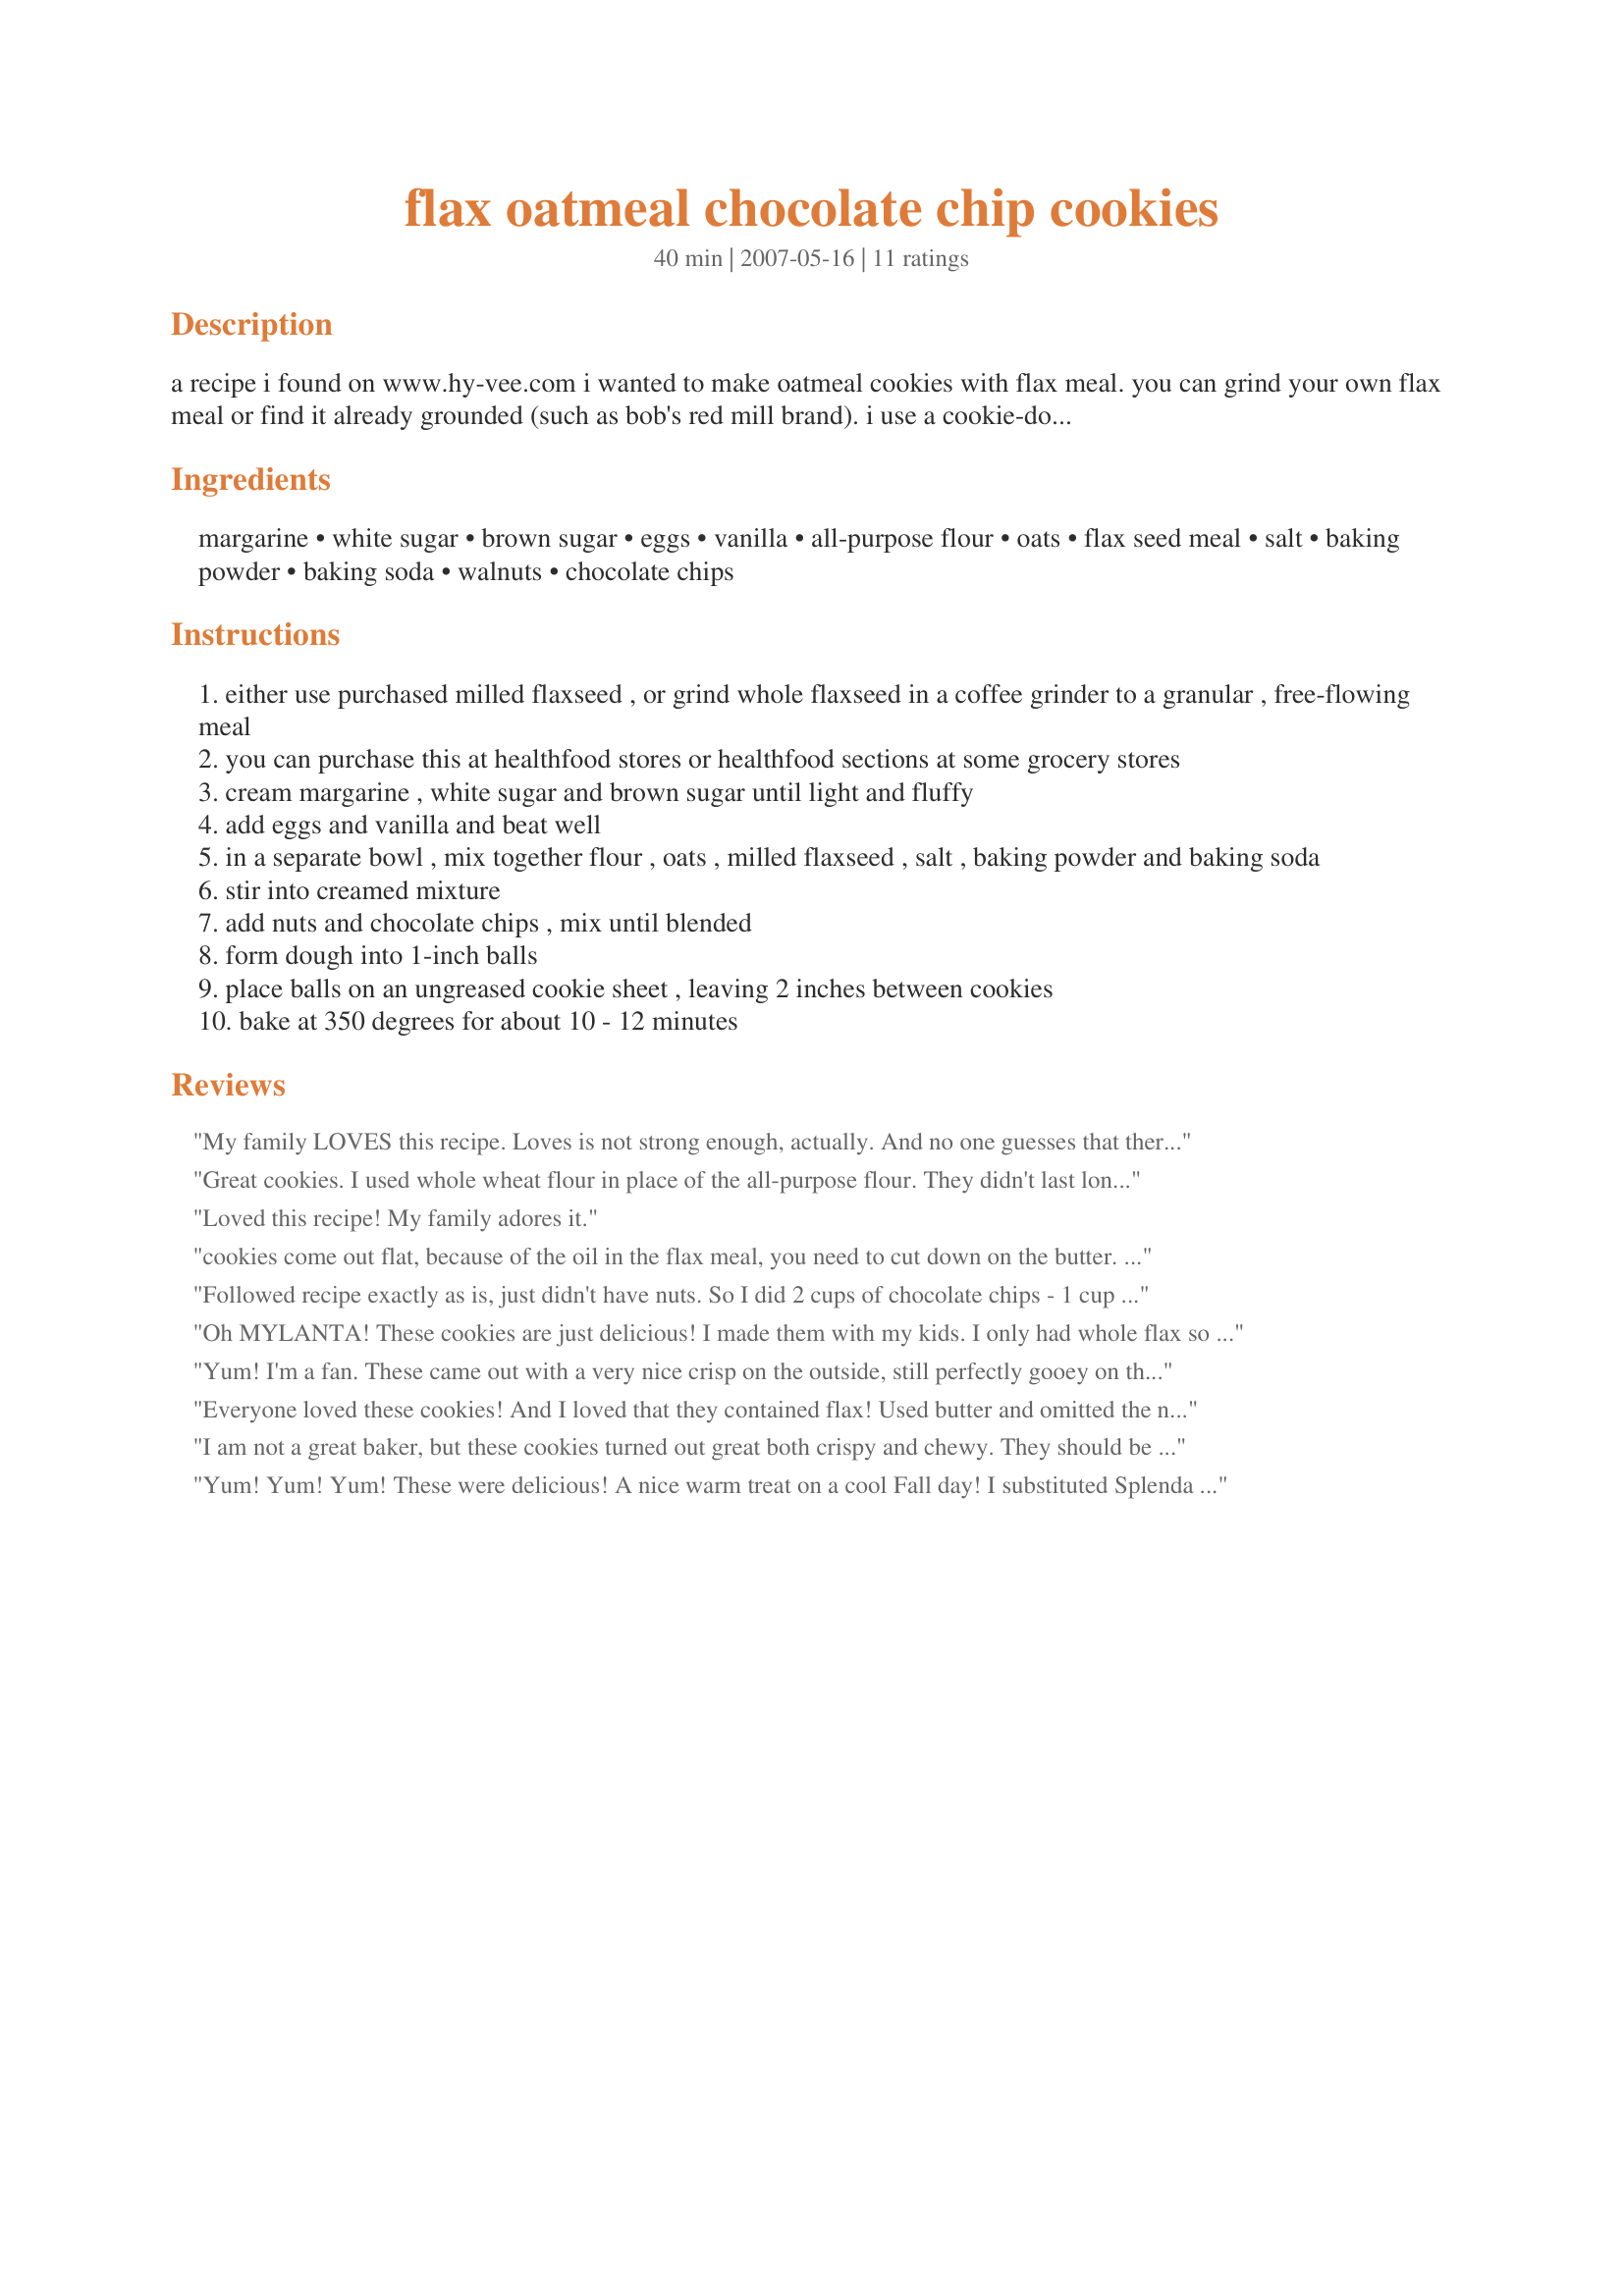
flax oatmeal chocolate chip cookies
Preparation time: 40 minutes

a recipe i found on www.hy-vee.com
i wanted to make oatmeal cookies with flax meal. you can grind your own flax meal or find it already grounded (such as bob's red mill brand). i use a cookie-dough scooper (like an ice-cream scooper but alot smaller) instead of rolling the dough into 1" balls, alot faster and easier.

Ingredients:
margarine, white sugar, brown sugar, eggs, vanilla, all-purpose flour, oats, flax seed meal, salt, baking powder, baking soda, walnuts, chocolate chips

Steps:
either use purchased milled flaxseed , or grind whole flaxseed in a coffee grinder to a granular , free-flowing meal
you can purchase this at healthfood stores or healthfood sections at some grocery stores
cream margarine , white sugar and brown sugar until light and fluffy
add eggs and vanilla and beat well
in a separate bowl , mix together flour , oats , milled flaxseed , salt , baking powder and baking soda
stir into creamed mixture
add nuts and chocolate chips , mix until blended
form dough into 1-inch balls
place balls on an ungreased cookie sheet , leaving 2 inches between cookies
bake at 350 degrees for about 10 - 12 minutes

Reviews:
My family LOVES this recipe. Loves is not strong enough, actually. And no one guesses that there is flax seed in the cookies!
Great cookies. I used whole wheat flour in place of the all-purpose flour. They didn't last long at all.
Loved this recipe! My family adores it.
cookies come out flat, because of the oil in the flax meal, you need to cut down on the butter. the cookie dough tastes good, actually, you might as well eat the dough because baking the cookies is a waste.
Followed recipe exactly as is, just didn't have nuts. So I did 2 cups of chocolate chips - 1 cup white chocolate, 1 cut dark chocolate. Turned out perfect! I just had to leave them longer in the oven. I don't know if that's just my oven. Total 15-17 minutes.
Oh MYLANTA! These cookies are just delicious! I made them with my kids. I only had whole flax so I just used that since we love the bite of it, but I am making them today and I will grind half the flax and use half whole flax. So good that 5 stars is not enough. THANKS!!
Yum! I'm a fan. These came out with a very nice crisp on the outside, still perfectly gooey on the inside. Things I'll change next time: add 3/4 tsp cinnamon and go just shy of tripling the salt. Best thing dessert can be is salty.
Everyone loved these cookies! And I loved that they contained flax! Used butter and omitted the nuts cause the kids won't eat them. Would probably use whole wheat pastry flour to make them even more healthy next time. Used a cookie scoop instead of rolling into balls which worked well. Great recipe! Thanks for sharing! Made for PAC Fall 2008.
I am not a great baker, but these cookies turned out great both crispy and chewy. They should be a Christmas hit.
Yum! Yum! Yum! These were delicious! A nice warm treat on a cool Fall day! I substituted Splenda for the while sugar, 1/2 whole wheat flour and left out the nuts. Also cut back a bit on the chocolate chips. Both of my boys loved these too! Thanks for a wonderful recipe with some healthier ingredients!
I just finished making these cookies and they are delicious. I am not a baker and I always try baking healthier which usually ruins the baking. I used half a cup of spelt flour and used sunflower seeds instead of nuts To keep a protein in the cookie ( nut allergy in my house) and they turned out great. Also only had quick oats. And they still turned out great. Next time will try making them with chia seed instead of butter ... If you don't roll into 1 inch balls I could see them ending like pancakes so beware if you don't.
